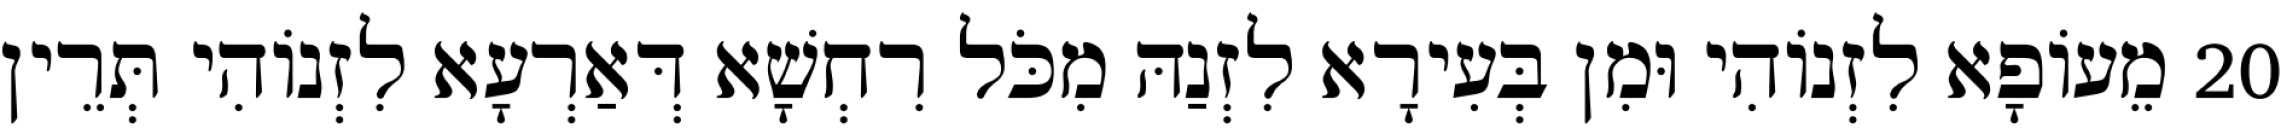
20 מֵעוֹפָא לִזְנוֹהִי וּמִן בְּעִירָא לִזְנַהּ מִכֹּל רִחְשָׁא דְּאַרְעָא לִזְנוֹהִי תְּרֵין